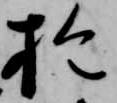
於